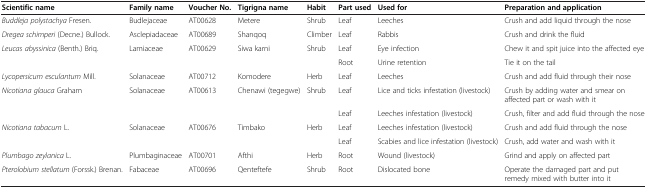
<table><thead><tr><td><b>Scientific name</b></td><td><b>Family name</b></td><td><b>Voucher No.</b></td><td><b>Tigrigna name</b></td><td><b>Habit</b></td><td><b>Part used</b></td><td><b>Used for</b></td><td><b>Preparation and application</b></td></tr></thead><tbody><tr><td><i>Buddleja polystachya</i> Fresen.</td><td>Budlejaceae</td><td>AT00628</td><td>Metere</td><td>Shrub</td><td>Leaf</td><td>Leeches</td><td>Crush and add liquid through the nose</td></tr><tr><td><i>Dregea schimperi</i> (Decne.) Bullock.</td><td>Asclepiadaceae</td><td>AT00689</td><td>Shanqoq</td><td>Climber</td><td>Leaf</td><td>Rabbis</td><td>Crush and drink the fluid</td></tr><tr><td><i>Leucas abyssinica</i> (Benth.) Briq.</td><td>Lamiaceae</td><td>AT00629</td><td>Siwa karni</td><td>Shrub</td><td>Leaf</td><td>Eye infection</td><td>Chew it and spit juice into the affected eye</td></tr><tr><td> </td><td> </td><td> </td><td> </td><td> </td><td>Root</td><td>Urine retention</td><td>Tie it on the tail</td></tr><tr><td><i>Lycopersicum esculantum</i> Mill.</td><td>Solanaceae</td><td>AT00712</td><td>Komodere</td><td>Herb</td><td>Leaf</td><td>Leeches</td><td>Crush and add fluid through their nose</td></tr><tr><td><i>Nicotiana glauca</i> Graham</td><td>Solanaceae</td><td>AT00613</td><td>Chenawi (tegegwe)</td><td>Shrub</td><td>Leaf</td><td>Lice and ticks infestation (livestock)</td><td>Crush by adding water and smear on affected part or wash with it</td></tr><tr><td> </td><td> </td><td> </td><td> </td><td> </td><td>Leaf</td><td>Leeches infestation (livestock)</td><td>Crush, filter and add fluid through the nose</td></tr><tr><td><i>Nicotiana tabacum</i> L.</td><td>Solanaceae</td><td>AT00676</td><td>Timbako</td><td>Herb</td><td>Leaf</td><td>Leeches infestation (livestock)</td><td>Crush and add fluid through the nose</td></tr><tr><td> </td><td> </td><td> </td><td> </td><td> </td><td>Leaf</td><td>Scabies and lice infestation (livestock)</td><td>Crush, add water and wash with it</td></tr><tr><td><i>Plumbago zeylanica</i> L.</td><td>Plumbaginaceae</td><td>AT00701</td><td>Afthi</td><td>Herb</td><td>Root</td><td>Wound (livestock)</td><td>Grind and apply on affected part</td></tr><tr><td><i>Pterolobium stellatum</i> (Forssk.) Brenan.</td><td>Fabaceae</td><td>AT00696</td><td>Qenteftefe</td><td>Shrub</td><td>Root</td><td>Dislocated bone</td><td>Operate the damaged part and put remedy mixed with butter into it</td></tr></tbody></table>